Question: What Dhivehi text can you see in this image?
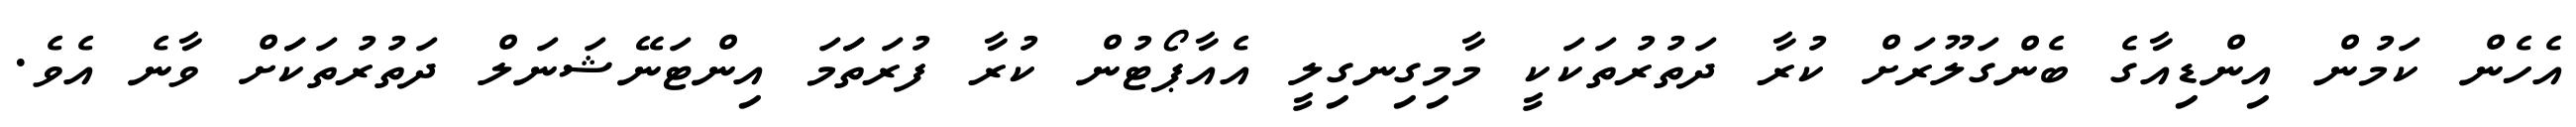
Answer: އެހެން ކަމުން އިންޑިއާގެ ބެންގަލޫރަށް ކުރާ ދަތުރުތަކަކީ މާމިގިނގިލީ އެއާޕޯޓުން ކުރާ ފުރަތަަމަ އިންޓަނޭޝަނަލް ދަތުރުތަކަަށް ވާނެ އެވެ.